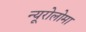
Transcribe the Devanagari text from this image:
न्यूरोलोमा